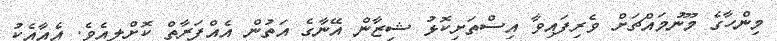
މިންހާގެ މޫނުމައްޗަށް ވެރިފައިވާ އިސްތަށިކޮޅު ޝިޒާން އޭނާގެ އަތުން އެއްފަރާތް ކޮށްލިއެވެ. އެއާއެކު